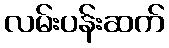
လမ်းပန်းဆက်